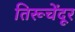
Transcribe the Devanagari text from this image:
तिरूचेंदूर